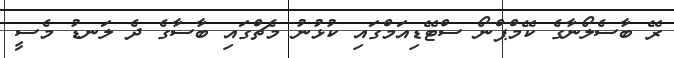
ރޭ ބާސެލޯނާގެ ކޭމްޕްނޯ ސްޓޭޑިއަމްގައި ކުޅުނު މެޗްގައި ބާސާގެ ދެ ލަނޑު މެސީ